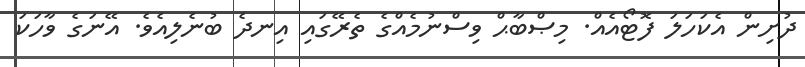
ދުށިން އެކަހަލަ ފޮޓޯއެއް. މިޞްބާޙް ވިސްނުމެއްގެ ތެރޭގައި އިނދެ ބުނެލިއެވެ. އޭނަގެ ވާހަކަ